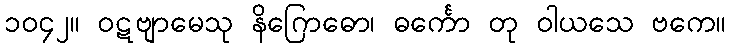
၁၀၄၂။ ဝဋဗျာမေသု နိဂြောဓော၊ ဓင်္ကော တု ဝါယသေ ဗကေ။